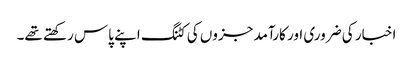
اخبار کی ضروری اور کارآمد جزوں کی کٹنگ اپنے پاس رکھتے تھے۔